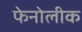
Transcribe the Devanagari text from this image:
फेनोलीक